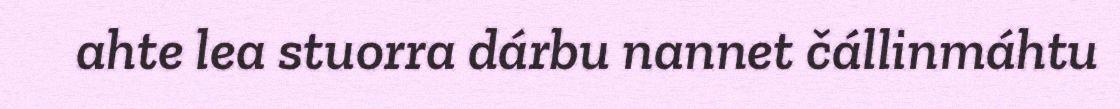
ahte lea stuorra dárbu nannet čállinmáhtu